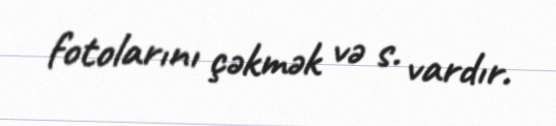
fotolarını çəkmək və s. vardır.